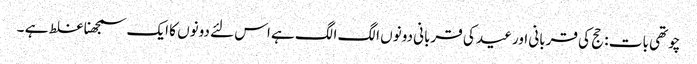
چوتھی بات : حج کی قربانی اور عید کی قربانی دونوں الگ الگ ہے اس لئے دونوں کا ایک سمجھنا غلط ہے ۔